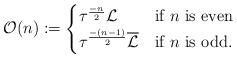
\begin{align*} \mathcal{O}(n) := \begin{cases} \tau^{\frac{-n}{2}} \mathcal{L} & \mbox{if $n$ is even} \\ \tau^{\frac{-(n-1)}{2}} \overline{\mathcal{L}} & \mbox{if $n$ is odd.} \end{cases}\end{align*}